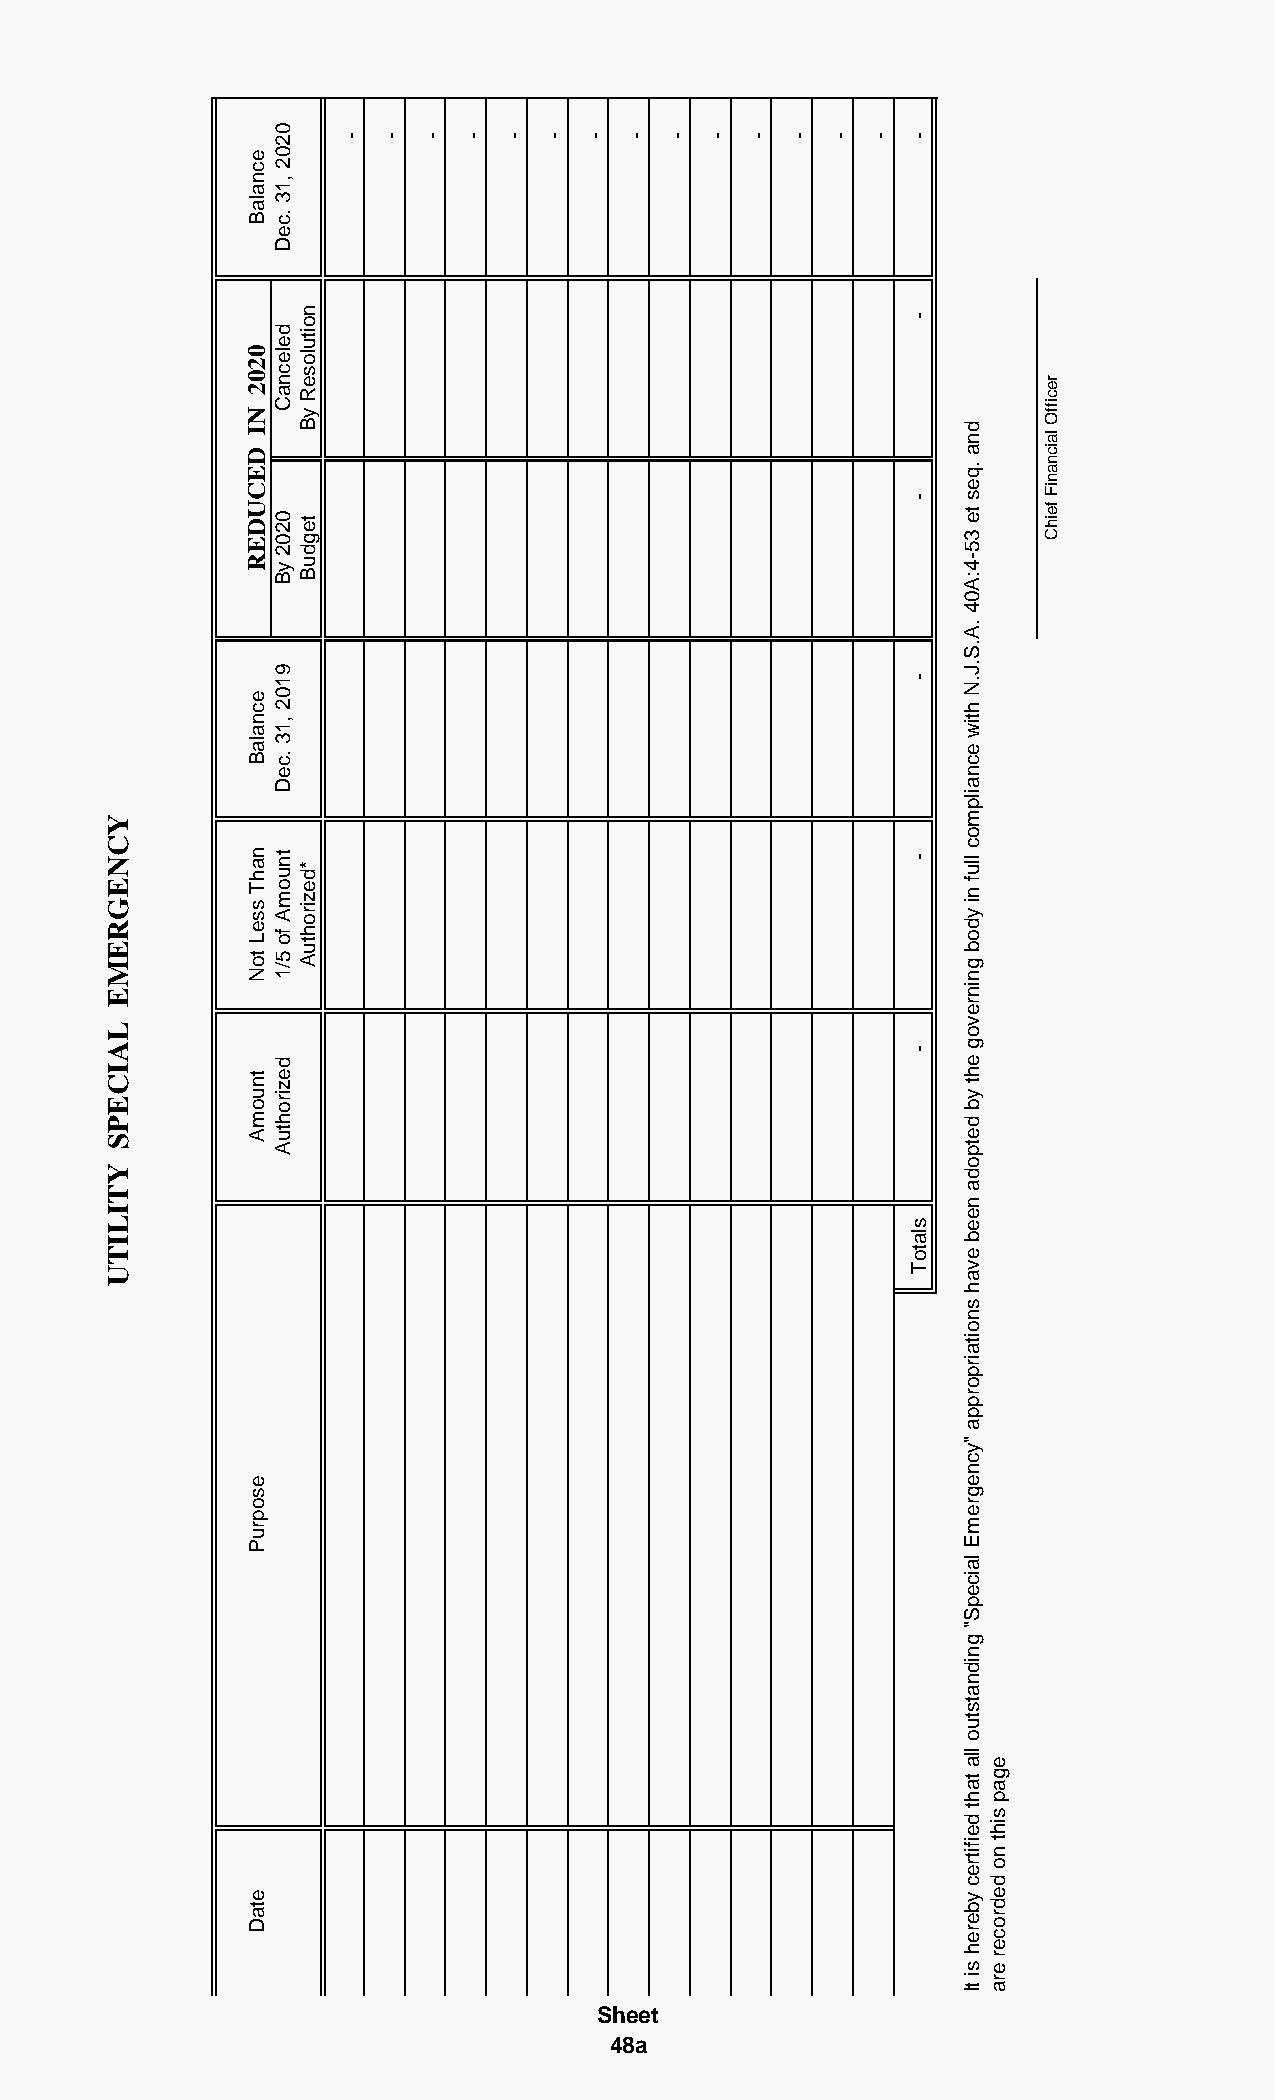
Sheet
 48a
 YCNEGREME
 LAICEPS
 YTILITU
 ecnalaB
 0202
 NI
 DECUDER
 ecnalaB
 nahT
 sseL
 toN
 tnuomA
 esopruP
 etaD
 0202
 ,13
 .ceD
 delecnaC
 0202
 yB
 9102
 ,13
 .ceD
 tnuomA
 fo
 5/1
 dezirohtuA
 noituloseR
 yB
 tegduB
 *dezirohtuA
 -  - -  -  -  - -  -  - -  -  - -  -  -
 -
 -
 -
 -
 -
 slatoT
 dna
 .qes
 te
 35-4:A04
 .A.S.J.N
 htiw
 ecnailpmoc
 lluf
 ni
 ydob
 gninrevog
 eht
 yb
 detpoda
 neeb
 evah
 snoitairporppa
 "ycnegremE
 laicepS"
 gnidnatstuo
 lla
 taht
 deifitrec
 ybereh
 si
 tI
 egap
 siht
 no
 dedrocer
 era
 reciffO
 laicnaniF
 feihC